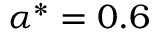
\alpha ^ { * } = 0 . 6